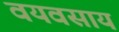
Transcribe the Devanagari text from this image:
वयवसाय